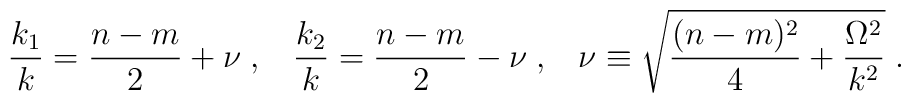
\frac{k_1}{k} = \frac{n - m}{2} + \nu \; , \; \; \; \frac{k_2}{k} = \frac{n - m}{2} - \nu \; , \; \; \; \nu \equiv \sqrt{\frac{(n - m)^2}{4} + \frac{\Omega^2}{k^2}} \; .